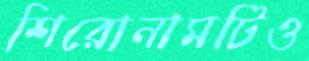
শিরোনামটিও